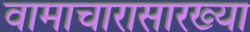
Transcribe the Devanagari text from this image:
वामाचारासारख्या